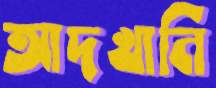
আদখানি